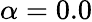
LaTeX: \alpha=0.0